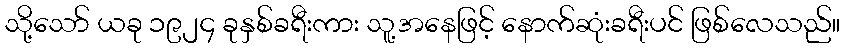
သို့သော် ယခု ၁၉၂၄ ခုနှစ်ခရီးကား သူ့အနေဖြင့် နောက်ဆုံးခရီးပင် ဖြစ်လေသည်။